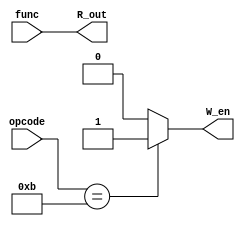
`timescale 1ns / 1ps

module control (opcode, func, R_out, W_en);
	
	input [6:0] opcode;
	input [1:0] func;
	
	output [1:0] R_out;
	output W_en;
	
	assign R_out = func;
	assign W_en = (opcode == 7'b0001011) ? 1'b1: 1'b0;
	
endmodule